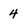
Character: 4